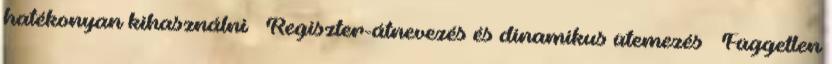
hatékonyan kihasználni ● Regiszter-átnevezés és dinamikus ütemezés – Független